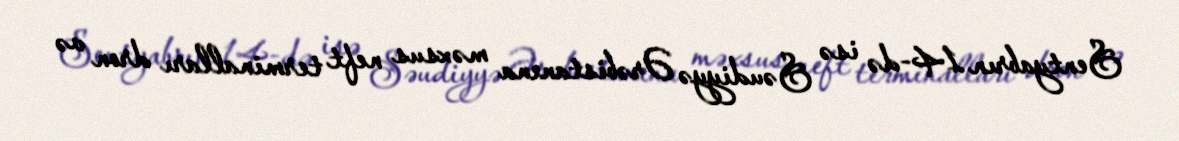
Sentyabrın 14-də isə Səudiyyə Ərəbistanına məxsus neft terminalları dron və